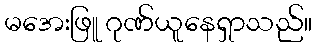
မအေးဖြူ ဂုဏ်ယူနေရှာသည်။